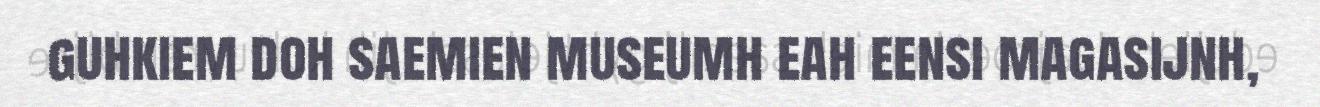
guhkiem doh saemien museumh eah eensi magasijnh,